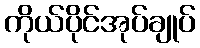
ကိုယ်ပိုင်အုပ်ချုပ်